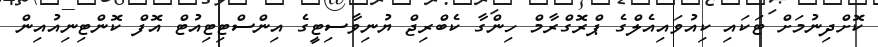
ކޮށްދިނުމަށް ޓަކައި ކިއުވައިއެލްގެ ޕްރޮގްރާމް ހިންގާ ކެބްރިޖް ޔުނިވާސިޓީގެ އިންސްޓިޓިއުޓް އޮފް ކޮންޓިނިއުއިން